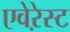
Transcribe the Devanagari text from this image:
एवेऱेस्ट